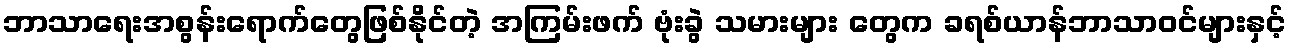
ဘာသာရေးအစွန်းရောက်တွေဖြစ်နိုင်တဲ့ အကြမ်းဖက် ဗုံးခွဲ သမားများ တွေက ခရစ်ယာန်ဘာသာဝင်များနှင့်